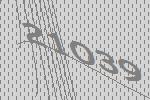
21039